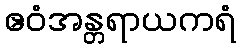
ဧဝံအန္တရာယကရံ